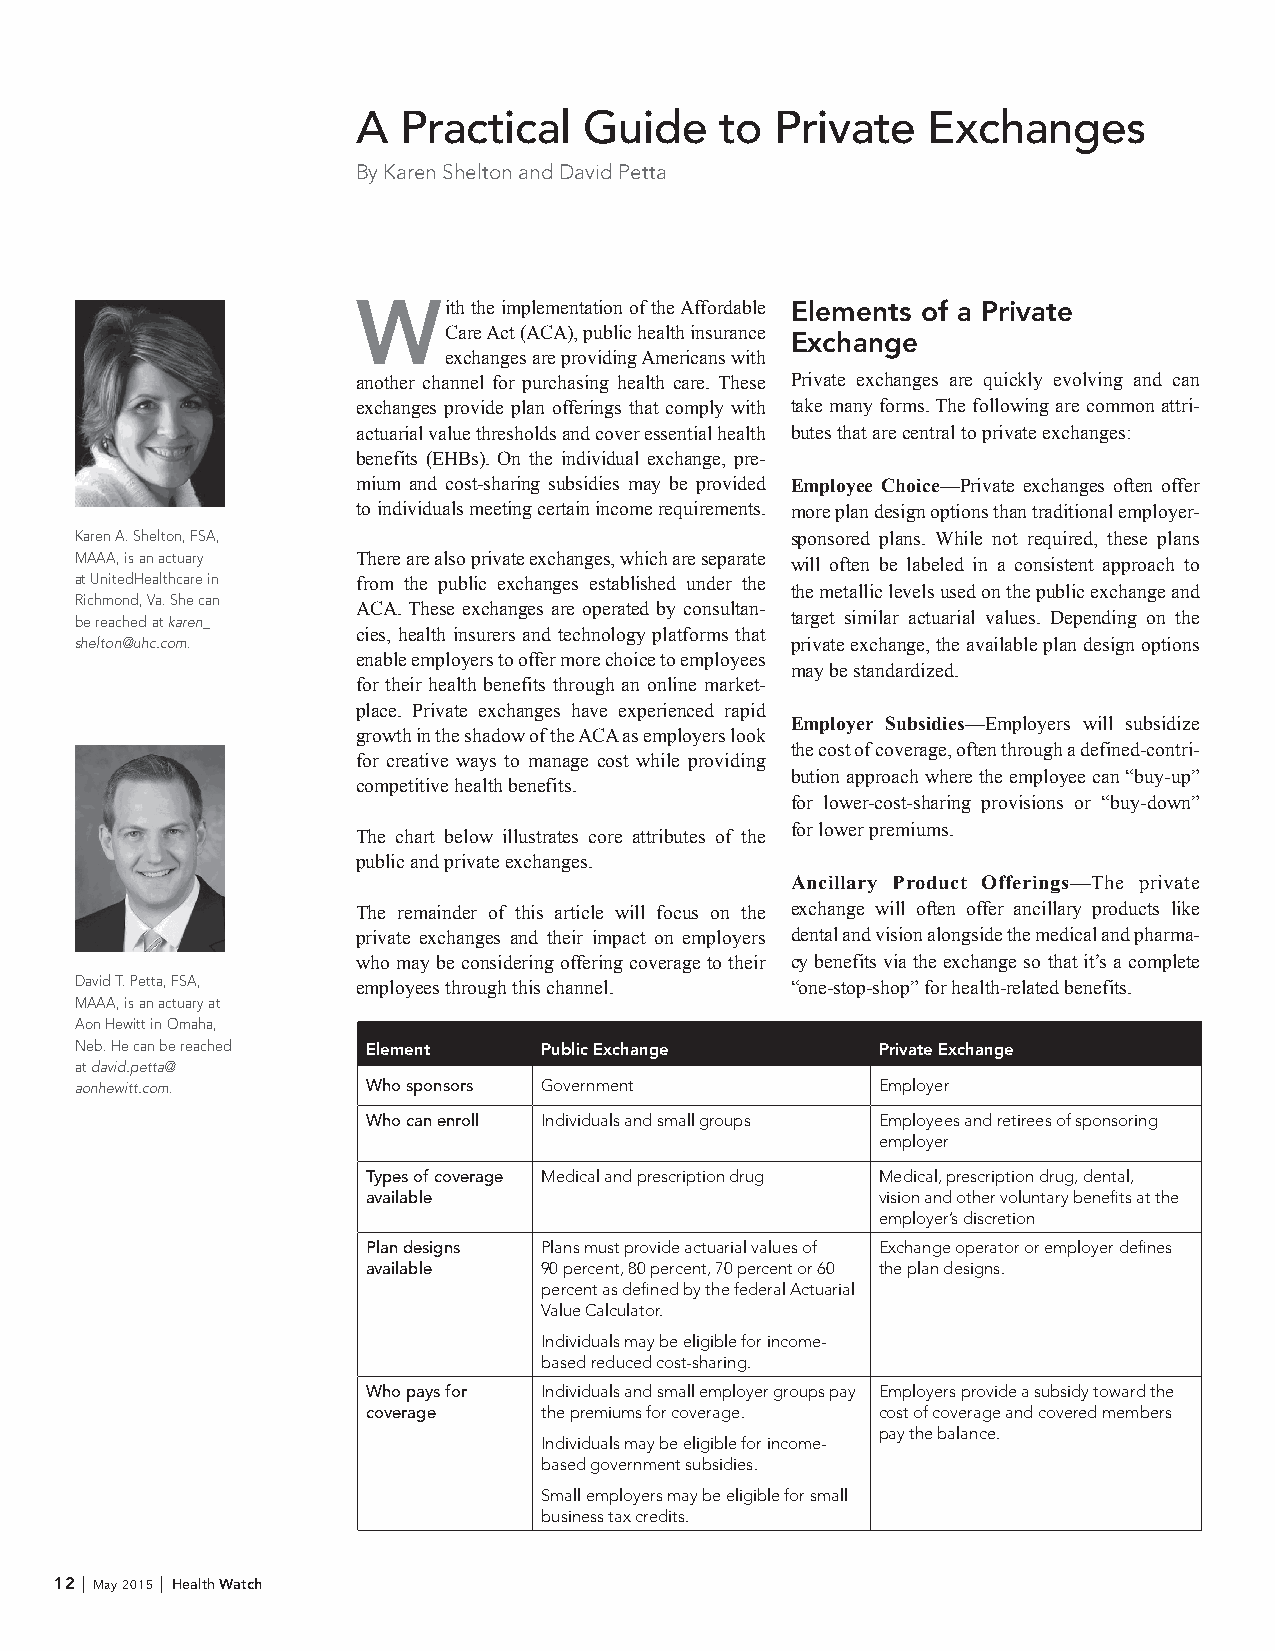
A  Practical   Guide    to Private   Exchanges
 By Karen Shelton and David Petta
 With   the implementation of the Affordable Elements of a Private
 Care Act (ACA), public health insurance Exchange
 exchanges are providing Americans with
 another channel for purchasing health care. These Private exchanges are quickly evolving and can
 exchanges provide plan offerings that comply with take many forms. The following are common attri-
 actuarial value thresholds and cover essential health butes that are central to private exchanges:
 benefits (EHBs). On the individual exchange, pre-
 mium and cost-sharing subsidies may be provided Employee Choice—Private exchanges often offer
 to individuals meeting certain income requirements. more plan design options than traditional employer-
 Karen A. Shelton, FSA,                         sponsored plans. While not required, these plans
 MAAA, is an actuary There are also private exchanges, which are separate will often be labeled in a consistent approach to
 at UnitedHealthcare in from the public exchanges established under the
 the metallic levels used on the public exchange and
 Richmond, Va. She can
 ACA. These exchanges are operated by consultan-
 be reached at karen_                           target similar actuarial values. Depending on the
 cies, health insurers and technology platforms that
 shelton@uhc.com.                               private exchange, the available plan design options
 enable employers to offer more choice to employees
 may be standardized.
 for their health benefits through an online market-
 place. Private exchanges have experienced rapid
 Employer Subsidies—Employers will subsidize
 growth in the shadow of the ACA as employers look
 the cost of coverage, often through a defined-contri-
 for creative ways to manage cost while providing
 bution approach where the employee can “buy-up”
 competitive health benefits.
 for lower-cost-sharing provisions or “buy-down”
 for lower premiums.
 The chart below illustrates core attributes of the
 public and private exchanges.
 Ancillary Product Offerings—The private
 The remainder of this article will focus on the exchange will often offer ancillary products like
 private exchanges and their impact on employers dental and vision alongside the medical and pharma-
 who may be considering offering coverage to their cy benefits via the exchange so that it’s a complete
 David T. Petta, FSA, employees through this channel. “one-stop-shop” for health-related benefits.
 MAAA, is an actuary at
 Aon Hewitt in Omaha,
 Neb. He can be reached Element Public Exchange       Private Exchange
 at david.petta@
 aonhewitt.com.     Who sponsors Government           Employer
 Who can enroll Individuals and small groups Employees and retirees of sponsoring
 employer
 Types of coverage Medical and prescription drug Medical, prescription drug, dental,
 available                         vision and other voluntary benefits at the
 employer’s discretion
 Plan designs Plans must provide actuarial values of Exchange operator or employer defines
 available   90 percent, 80 percent, 70 percent or 60 the plan designs.
 percent as defined by the federal Actuarial
 Value Calculator.
 Individuals may be eligible for income-
 based reduced cost-sharing.
 Who pays for Individuals and small employer groups pay Employers provide a subsidy toward the
 coverage    the premiums for coverage. cost of coverage and covered members
 pay the balance.
 Individuals may be eligible for income-
 based government subsidies.
 Small employers may be eligible for small
 business tax credits.
 12 | May 2015 | Health Watch